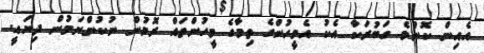
އެއިން ކޮންމެ ގަބުރަކާ އެކު އެމީހުންގެ ތިމާގެ މީހުންތައް ރޮމުން ނުކުންނަމުން ދިޔައީ.